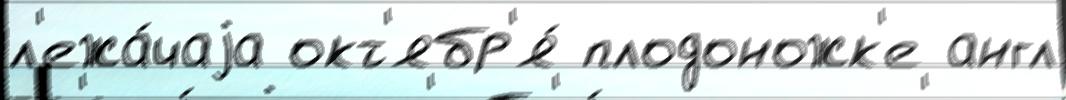
л'ежа́чаjа окт'ябр'я́ плодоножк'е англ